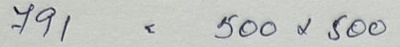
791 = 500x500